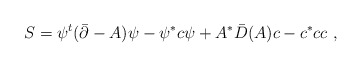
\begin{align*}S= \psi^t (\bar \partial-A)\psi -\psi ^* c\psi + A^*\bar D(A)c -c^* c c\ ,\end{align*}